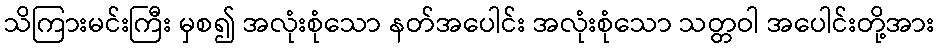
သိကြားမင်းကြီး မှစ၍ အလုံးစုံသော နတ်အပေါင်း အလုံးစုံသော သတ္တဝါ အပေါင်းတို့အား